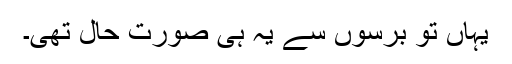
یہاں تو برسوں سے یہ ہی صورتِ حال تھی۔